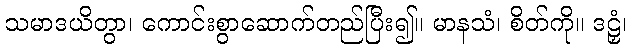
သမာဒယိတွာ၊ ကောင်းစွာဆောက်တည်ပြီး၍။ မာနသံ၊ စိတ်ကို။ ဒဠှံ၊